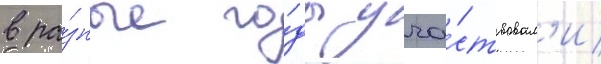
в ра́зные го́ды уча́ствовал'и